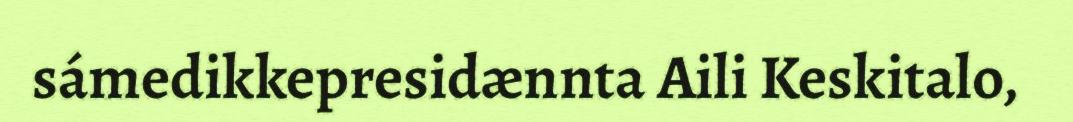
sámedikkepresidænnta Aili Keskitalo,